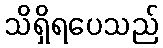
သိရှိရပေသည်